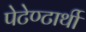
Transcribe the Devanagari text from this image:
पेटेण्टार्थी